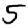
Digit: 5